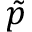
\tilde { p }